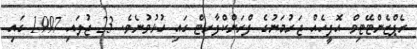
ރެޕްޒެންޓޭޓިވް އޮފީހެއް ޖަރުމަނުގެ ފްރަންކްފާރޓް ގައި ހުޅުވުނެވެ. 23 ޖުލައި 1997 ގައި